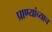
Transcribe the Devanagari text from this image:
प्राण्यांच्याच